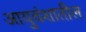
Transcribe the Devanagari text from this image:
आयुवंशातील